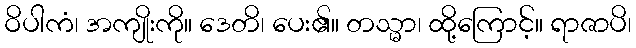
ဝိပါကံ၊ အကျိုးကို။ ဒေတိ၊ ပေး၏။ တသ္မာ၊ ထို့ကြောင့်။ ရာဇာပိ၊